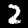
Label: 2